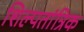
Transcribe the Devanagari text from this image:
शिल्पतांत्रिक